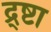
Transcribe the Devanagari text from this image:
द्र्ष्टा